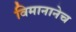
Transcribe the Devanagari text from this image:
विमानानेच